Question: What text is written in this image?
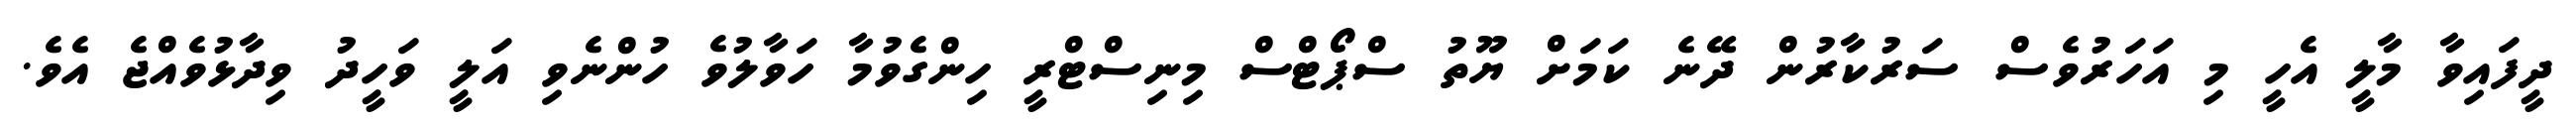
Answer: ދީފައިވާ މާލީ އެހީ މި އަހަރުވެސް ސަރުކާރުން ދޭނެ ކަމަށް ޔޫތު ސްޕޯޓްސް މިނިސްޓްރީ ހިންގެވުމާ ހަވާލުވެ ހުންނެވި އަލީ ވަހީދު ވިދާޅުވެއްޖެ އެވެ.